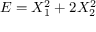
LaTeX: E = X _ { 1 } ^ { 2 } + 2 X _ { 2 } ^ { 2 }